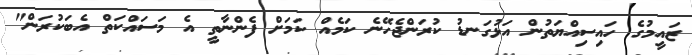
ޒައީމުގެ ހައިސިއްޔަތުން އަޅުގަނޑު ކުރަންޖެހޭނެ ކަމެއް ކަމަށް ފެންނާތީ އެ މަސައްކަތް އެބަކުރަން"